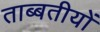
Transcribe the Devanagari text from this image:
ताब्बतीयों